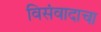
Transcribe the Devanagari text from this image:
विसंवादाचा